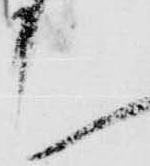
て